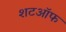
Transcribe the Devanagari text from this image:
शटऑफ